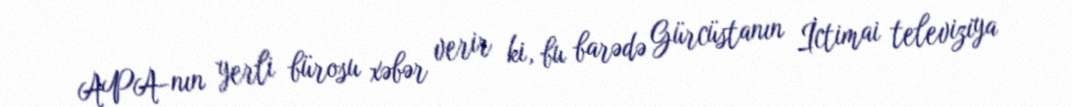
APA-nın yerli bürosu xəbər verir ki, bu barədə Gürcüstanın İctimai televiziya